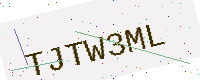
Text: TJTW3ML